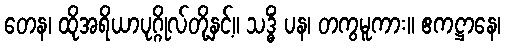
တေန၊ ထိုအရိယာပုဂ္ဂိုလ်တို့နှင့်။ သဒ္ဓိံ ပန၊ တကွမူကား။ ဧကဋ္ဌာနေ၊